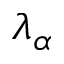
\lambda _ { \alpha }